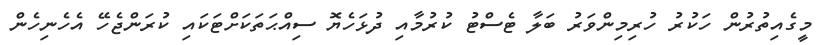
މީގެއިތުރުން ހަކުރު ހުރިމިންވަރު ބަލާ ޓެސްޓު ކުރުމާއި ދުޅަހެޔޮ ސިއްޙަތަކަށްޓަކައި ކުރަންޖެހޭ އެހެނިހެން